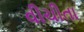
વીચીતા